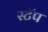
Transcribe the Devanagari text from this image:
स्टॅप